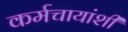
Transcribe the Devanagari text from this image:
कर्मचायांशी